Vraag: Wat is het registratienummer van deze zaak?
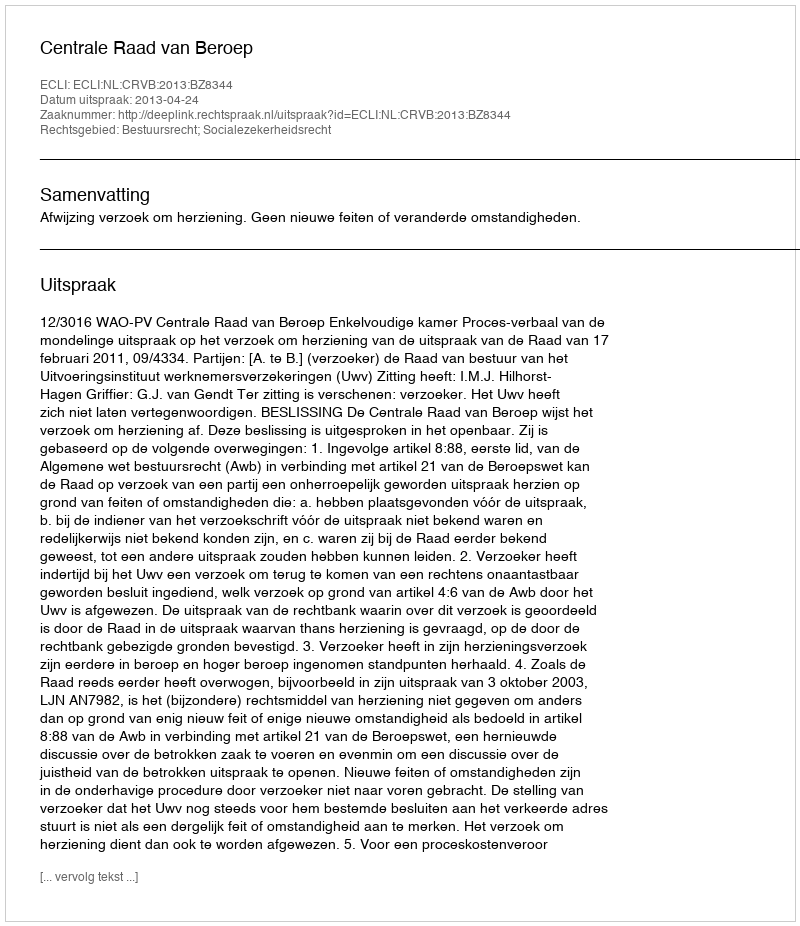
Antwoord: http://deeplink.rechtspraak.nl/uitspraak?id=ECLI:NL:CRVB:2013:BZ8344